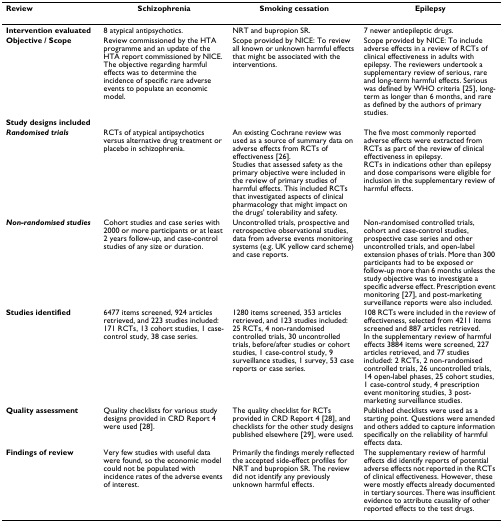
<table><thead><tr><td><b>Review</b></td><td><b>Schizophrenia</b></td><td><b>Smoking cessation</b></td><td><b>Epilepsy</b></td></tr></thead><tbody><tr><td><b>Intervention evaluated</b></td><td>8 atypical antipsychotics.</td><td>NRT and bupropion SR.</td><td>7 newer antiepileptic drugs.</td></tr><tr><td><b>Objective / Scope</b></td><td>Review commissioned by the HTA programme and an update of the HTA report commissioned by NICE. The objective regarding harmful effects was to determine the incidence of specific rare adverse events to populate an economic model.</td><td>Scope provided by NICE: To review all known or unknown harmful effects that might be associated with the interventions.</td><td>Scope provided by NICE: To include adverse effects in a review of RCTs of clinical effectiveness in adults with epilepsy. The reviewers undertook a supplementary review of serious, rare and long-term harmful effects. Serious was defined by WHO criteria [25], long-term as longer than 6 months, and rare as defined by the authors of primary studies.</td></tr><tr><td><b>Study designs included</b></td><td></td><td></td><td></td></tr><tr><td><b><i>Randomised trials</i></b></td><td>RCTs of atypical antipsychotics versus alternative drug treatment or placebo in schizophrenia.</td><td>An existing Cochrane review was used as a source of summary data on adverse effects from RCTs of effectiveness [26].Studies that assessed safety as the primary objective were included in the review of primary studies of harmful effects. This included RCTs that investigated aspects of clinical pharmacology that might impact on the drugs&#x27; tolerability and safety.</td><td>The five most commonly reported adverse effects were extracted from RCTs as part of the review of clinical effectiveness in epilepsy.RCTs in indications other than epilepsy and dose comparisons were eligible for inclusion in the supplementary review of harmful effects.</td></tr><tr><td><b><i>Non-randomised studies</i></b></td><td>Cohort studies and case series with 2000 or more participants or at least 2 years follow-up, and case-control studies of any size or duration.</td><td>Uncontrolled trials, prospective and retrospective observational studies, data from adverse events monitoring systems (e.g. UK yellow card scheme) and case reports.</td><td>Non-randomised controlled trials, cohort and case-control studies, prospective case series and other uncontrolled trials, and open-label extension phases of trials. More than 300 participants had to be exposed or follow-up more than 6 months unless the study objective was to investigate a specific adverse effect. Prescription event monitoring [27], and post-marketing surveillance reports were also included.</td></tr><tr><td><b>Studies identified</b></td><td>6477 items screened, 924 articles retrieved, and 223 studies included: 171 RCTs, 13 cohort studies, 1 case-control study, 38 case series.</td><td>1280 items screened, 353 articles retrieved, and 123 studies included: 25 RCTs, 4 non-randomised controlled trials, 30 uncontrolled trials, before/after studies or cohort studies, 1 case-control study, 9 surveillance studies, 1 survey, 53 case reports or case series.</td><td>108 RCTs were included in the review of effectiveness, selected from 4211 items screened and 887 articles retrieved.In the supplementary review of harmful effects 3884 items were screened, 227 articles retrieved, and 77 studies included: 2 RCTs, 2 non-randomised controlled trials, 26 uncontrolled trials, 14 open-label phases, 25 cohort studies, 1 case-control study, 4 prescription event monitoring studies, 3 post-marketing surveillance studies.</td></tr><tr><td><b>Quality assessment</b></td><td>Quality checklists for various study designs provided in CRD Report 4 were used [28].</td><td>The quality checklist for RCTs provided in CRD Report 4 [28], and checklists for the other study designs published elsewhere [29], were used.</td><td>Published checklists were used as a starting point. Questions were amended and others added to capture information specifically on the reliability of harmful effects data.</td></tr><tr><td><b>Findings of review</b></td><td>Very few studies with useful data were found, so the economic model could not be populated with incidence rates of the adverse events of interest.</td><td>Primarily the findings merely reflected the accepted side-effect profiles for NRT and bupropion SR. The review did not identify any previously unknown harmful effects.</td><td>The supplementary review of harmful effects did identify reports of potential adverse effects not reported in the RCTs of clinical effectiveness. However, these were mostly effects already documented in tertiary sources. There was insufficient evidence to attribute causality of other reported effects to the test drugs.</td></tr></tbody></table>